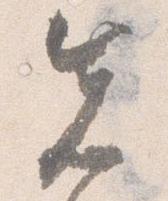
先